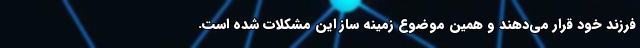
فرزند خود قرار می‌دهند و همین موضوع زمینه ساز این مشکلات شده است.